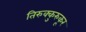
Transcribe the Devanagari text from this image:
तिरुक्कुरुकूर